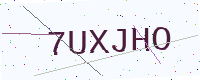
Text: 7UXJHO